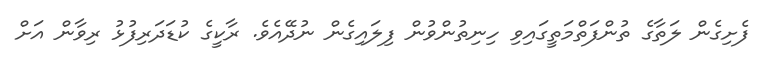
ފެށިގެން ލަތާގެ ތުންފަތްމަތީގައިވި ހިނިތުންވުން ފިލައިގެން ނުދޭއެވެ. ރާކީގެ ކުޑަދަރިފުޅު ރިވާން އަށް